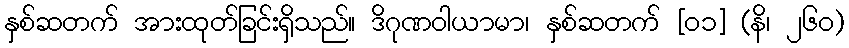
နှစ်ဆတက် အားထုတ်ခြင်းရှိသည်။ ဒိဂုဏဝါယာမာ၊ နှစ်ဆတက် [၀၁] (နိ၊ ၂၆၀)